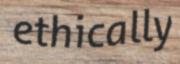
ethically